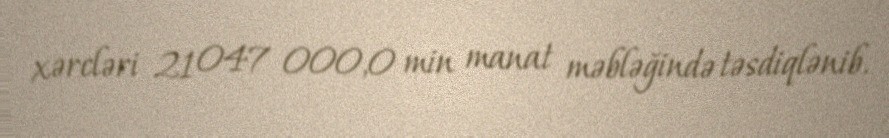
xərcləri 21 047 000,0 min manat məbləğində təsdiqlənib.